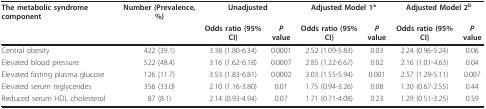
<table><thead><tr><td><b>The metabolic syndrome component</b></td><td><b>Number (Prevalence, %)</b></td><td colspan="2"><b>Unadjusted</b></td><td colspan="2"><b>Adjusted Model 1<sup>a</sup></b></td><td colspan="2"><b>Adjusted Model 2<sup>b</sup></b></td></tr><tr><td></td><td></td><td><b>Odds ratio (95% CI)</b></td><td><b><i>P </i>value</b></td><td><b>Odds ratio (95% CI)</b></td><td><b><i>P </i>value</b></td><td><b>Odds ratio (95% CI)</b></td><td><b><i>P </i>value</b></td></tr></thead><tbody><tr><td>Central obesity</td><td>422 (39.1)</td><td>3.38 (1.80-6.34)</td><td>0.0001</td><td>2.52 (1.09-5.83)</td><td>0.03</td><td>2.24 (0.96-5.24)</td><td>0.06</td></tr><tr><td>Elevated blood pressure</td><td>522 (48.4)</td><td>3.16 (1.62-6.18)</td><td>0.0007</td><td>2.85 (1.22-6.67)</td><td>0.02</td><td>2.16 (1.01-4.63)</td><td>0.04</td></tr><tr><td>Elevated fasting plasma glucose</td><td>126 (11.7)</td><td>3.53 (1.83-6.81)</td><td>0.0002</td><td>3.03 (1.55-5.94)</td><td>0.001</td><td>2.57 (1.29-5.11)</td><td>0.007</td></tr><tr><td>Elevated serum triglycerides</td><td>356 (33.0)</td><td>2.10 (1.16-3.80)</td><td>0.01</td><td>1.75 (0.94-3.26)</td><td>0.08</td><td>1.30 (0.67-2.55)</td><td>0.44</td></tr><tr><td>Reduced serum HDL cholesterol</td><td>87 (8.1)</td><td>2.14 (0.93-4.94)</td><td>0.07</td><td>1.71 (0.71-4.08)</td><td>0.23</td><td>1.29 (0.51-3.25)</td><td>0.59</td></tr></tbody></table>